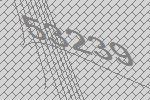
53239